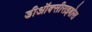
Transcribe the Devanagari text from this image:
डीऑक्सीराइबोस